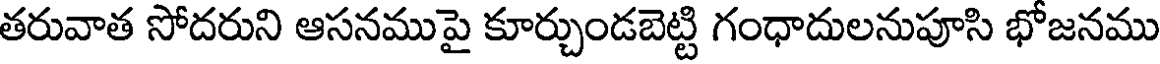
తరువాత సోదరుని ఆసనముపై కూర్చుండబెట్టి గంధాదులనుపూసి భోజనము